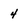
Character: 4